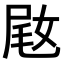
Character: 𫰵